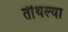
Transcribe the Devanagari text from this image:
तीथल्या